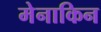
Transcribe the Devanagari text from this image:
मेनाकिन